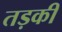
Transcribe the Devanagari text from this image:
तड़की